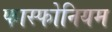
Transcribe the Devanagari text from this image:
फास्फोनियम